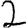
Digit: 2